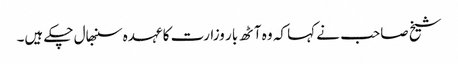
شیخ صاحب نے کہا کہ وہ آٹھ بار وزارت کا عہدہ سنبھال چکے ہیں۔